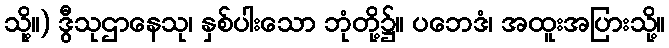
သို့။) ဒွီသုဌာနေသု၊ နှစ်ပါးသော ဘုံတို့၌။ ပဘေဒံ၊ အထူးအပြားသို့။